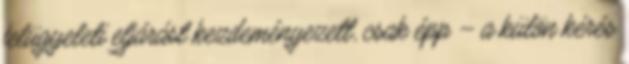
felügyeleti eljárást kezdeményezett, csak épp – a külön kérés